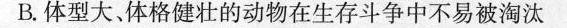
B.体型大、体格健壮的动物在生存斗争中不易被淘汰